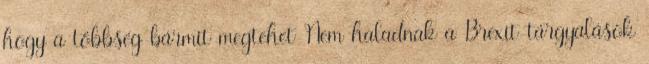
hogy a többség bármit megtehet Nem haladnak a Brexit-tárgyalások